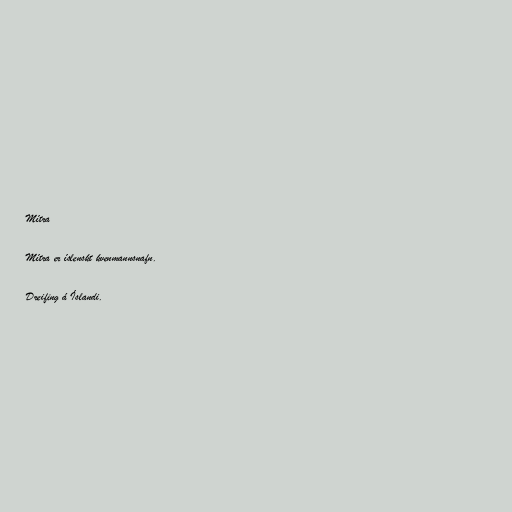
Mítra

Mítra er íslenskt kvenmannsnafn.

Dreifing á Íslandi.